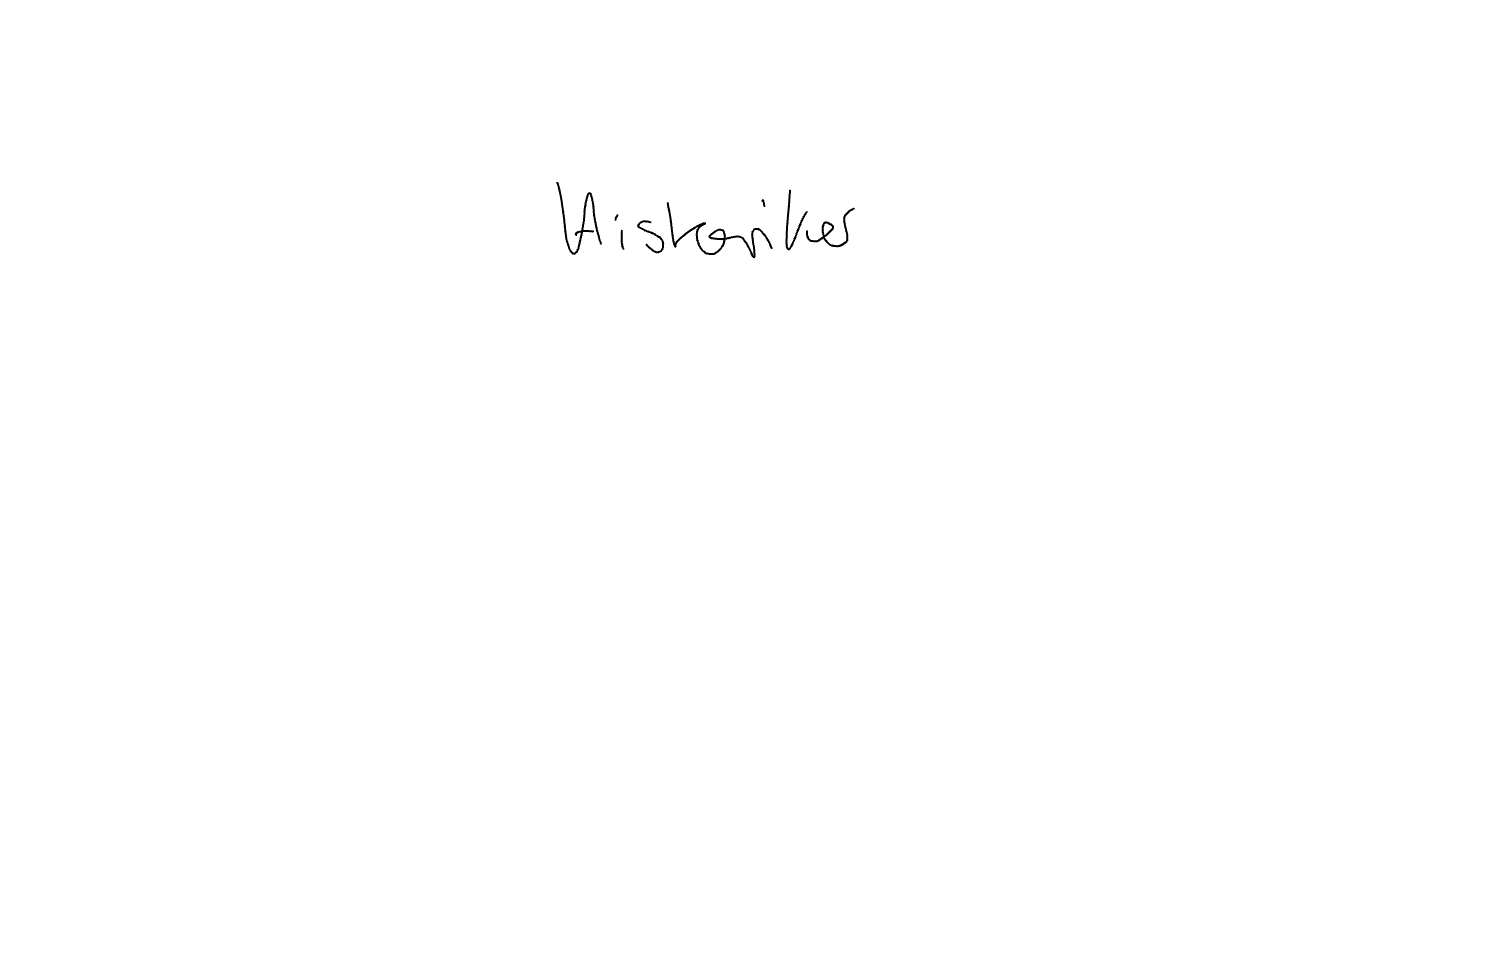
Text: Historiker